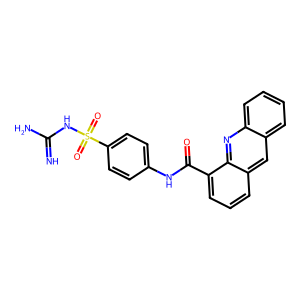
SMILES: N=C(N)NS(=O)(=O)c1ccc(NC(=O)c2cccc3cc4ccccc4nc23)cc1
Inhibits HIV replication: No